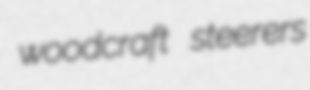
woodcraft steerers